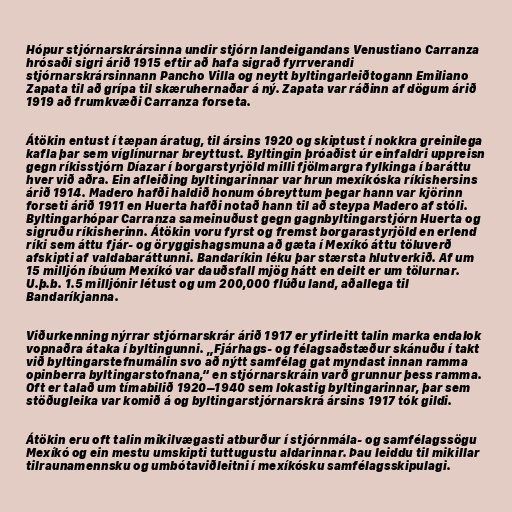
Hópur stjórnarskrársinna undir stjórn landeigandans Venustiano Carranza
hrósaði sigri árið 1915 eftir að hafa sigrað fyrrverandi
stjórnarskrársinnann Pancho Villa og neytt byltingarleiðtogann Emiliano
Zapata til að grípa til skæruhernaðar á ný. Zapata var ráðinn af dögum árið
1919 að frumkvæði Carranza forseta.

Átökin entust í tæpan áratug, til ársins 1920 og skiptust í nokkra greinilega
kafla þar sem víglínurnar breyttust. Byltingin þróaðist úr einfaldri uppreisn
gegn ríkisstjórn Díazar í borgarstyrjöld milli fjölmargra fylkinga í baráttu
hver við aðra. Ein afleiðing byltingarinnar var hrun mexíkóska ríkishersins
árið 1914. Madero hafði haldið honum óbreyttum þegar hann var kjörinn
forseti árið 1911 en Huerta hafði notað hann til að steypa Madero af stóli.
Byltingarhópar Carranza sameinuðust gegn gagnbyltingarstjórn Huerta og
sigruðu ríkisherinn. Átökin voru fyrst og fremst borgarastyrjöld en erlend
ríki sem áttu fjár- og öryggishagsmuna að gæta í Mexíkó áttu töluverð
afskipti af valdabaráttunni. Bandaríkin léku þar stærsta hlutverkið. Af um
15 milljón íbúum Mexíkó var dauðsfall mjög hátt en deilt er um tölurnar.
U.þ.b. 1.5 milljónir létust og um 200,000 flúðu land, aðallega til
Bandaríkjanna.

Viðurkenning nýrrar stjórnarskrár árið 1917 er yfirleitt talin marka endalok
vopnaðra átaka í byltingunni. „Fjárhags- og félagsaðstæður skánuðu í takt
við byltingarstefnumálin svo að nýtt samfélag gat myndast innan ramma
opinberra byltingarstofnana,“ en stjórnarskráin varð grunnur þess ramma.
Oft er talað um tímabilið 1920–1940 sem lokastig byltingarinnar, þar sem
stöðugleika var komið á og byltingarstjórnarskrá ársins 1917 tók gildi.

Átökin eru oft talin mikilvægasti atburður í stjórnmála- og samfélagssögu
Mexíkó og ein mestu umskipti tuttugustu aldarinnar. Þau leiddu til mikillar
tilraunamennsku og umbótaviðleitni í mexíkósku samfélagsskipulagi.